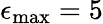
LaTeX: \epsilon_{\operatorname*{max}}=5